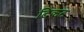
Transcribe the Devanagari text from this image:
टिकट